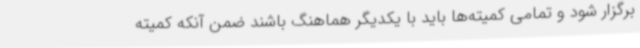
برگزار شود و تمامی کمیته‌ها باید با یکدیگر هماهنگ باشند ضمن آنکه کمیته